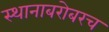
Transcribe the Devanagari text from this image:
स्थानाबरोबरच